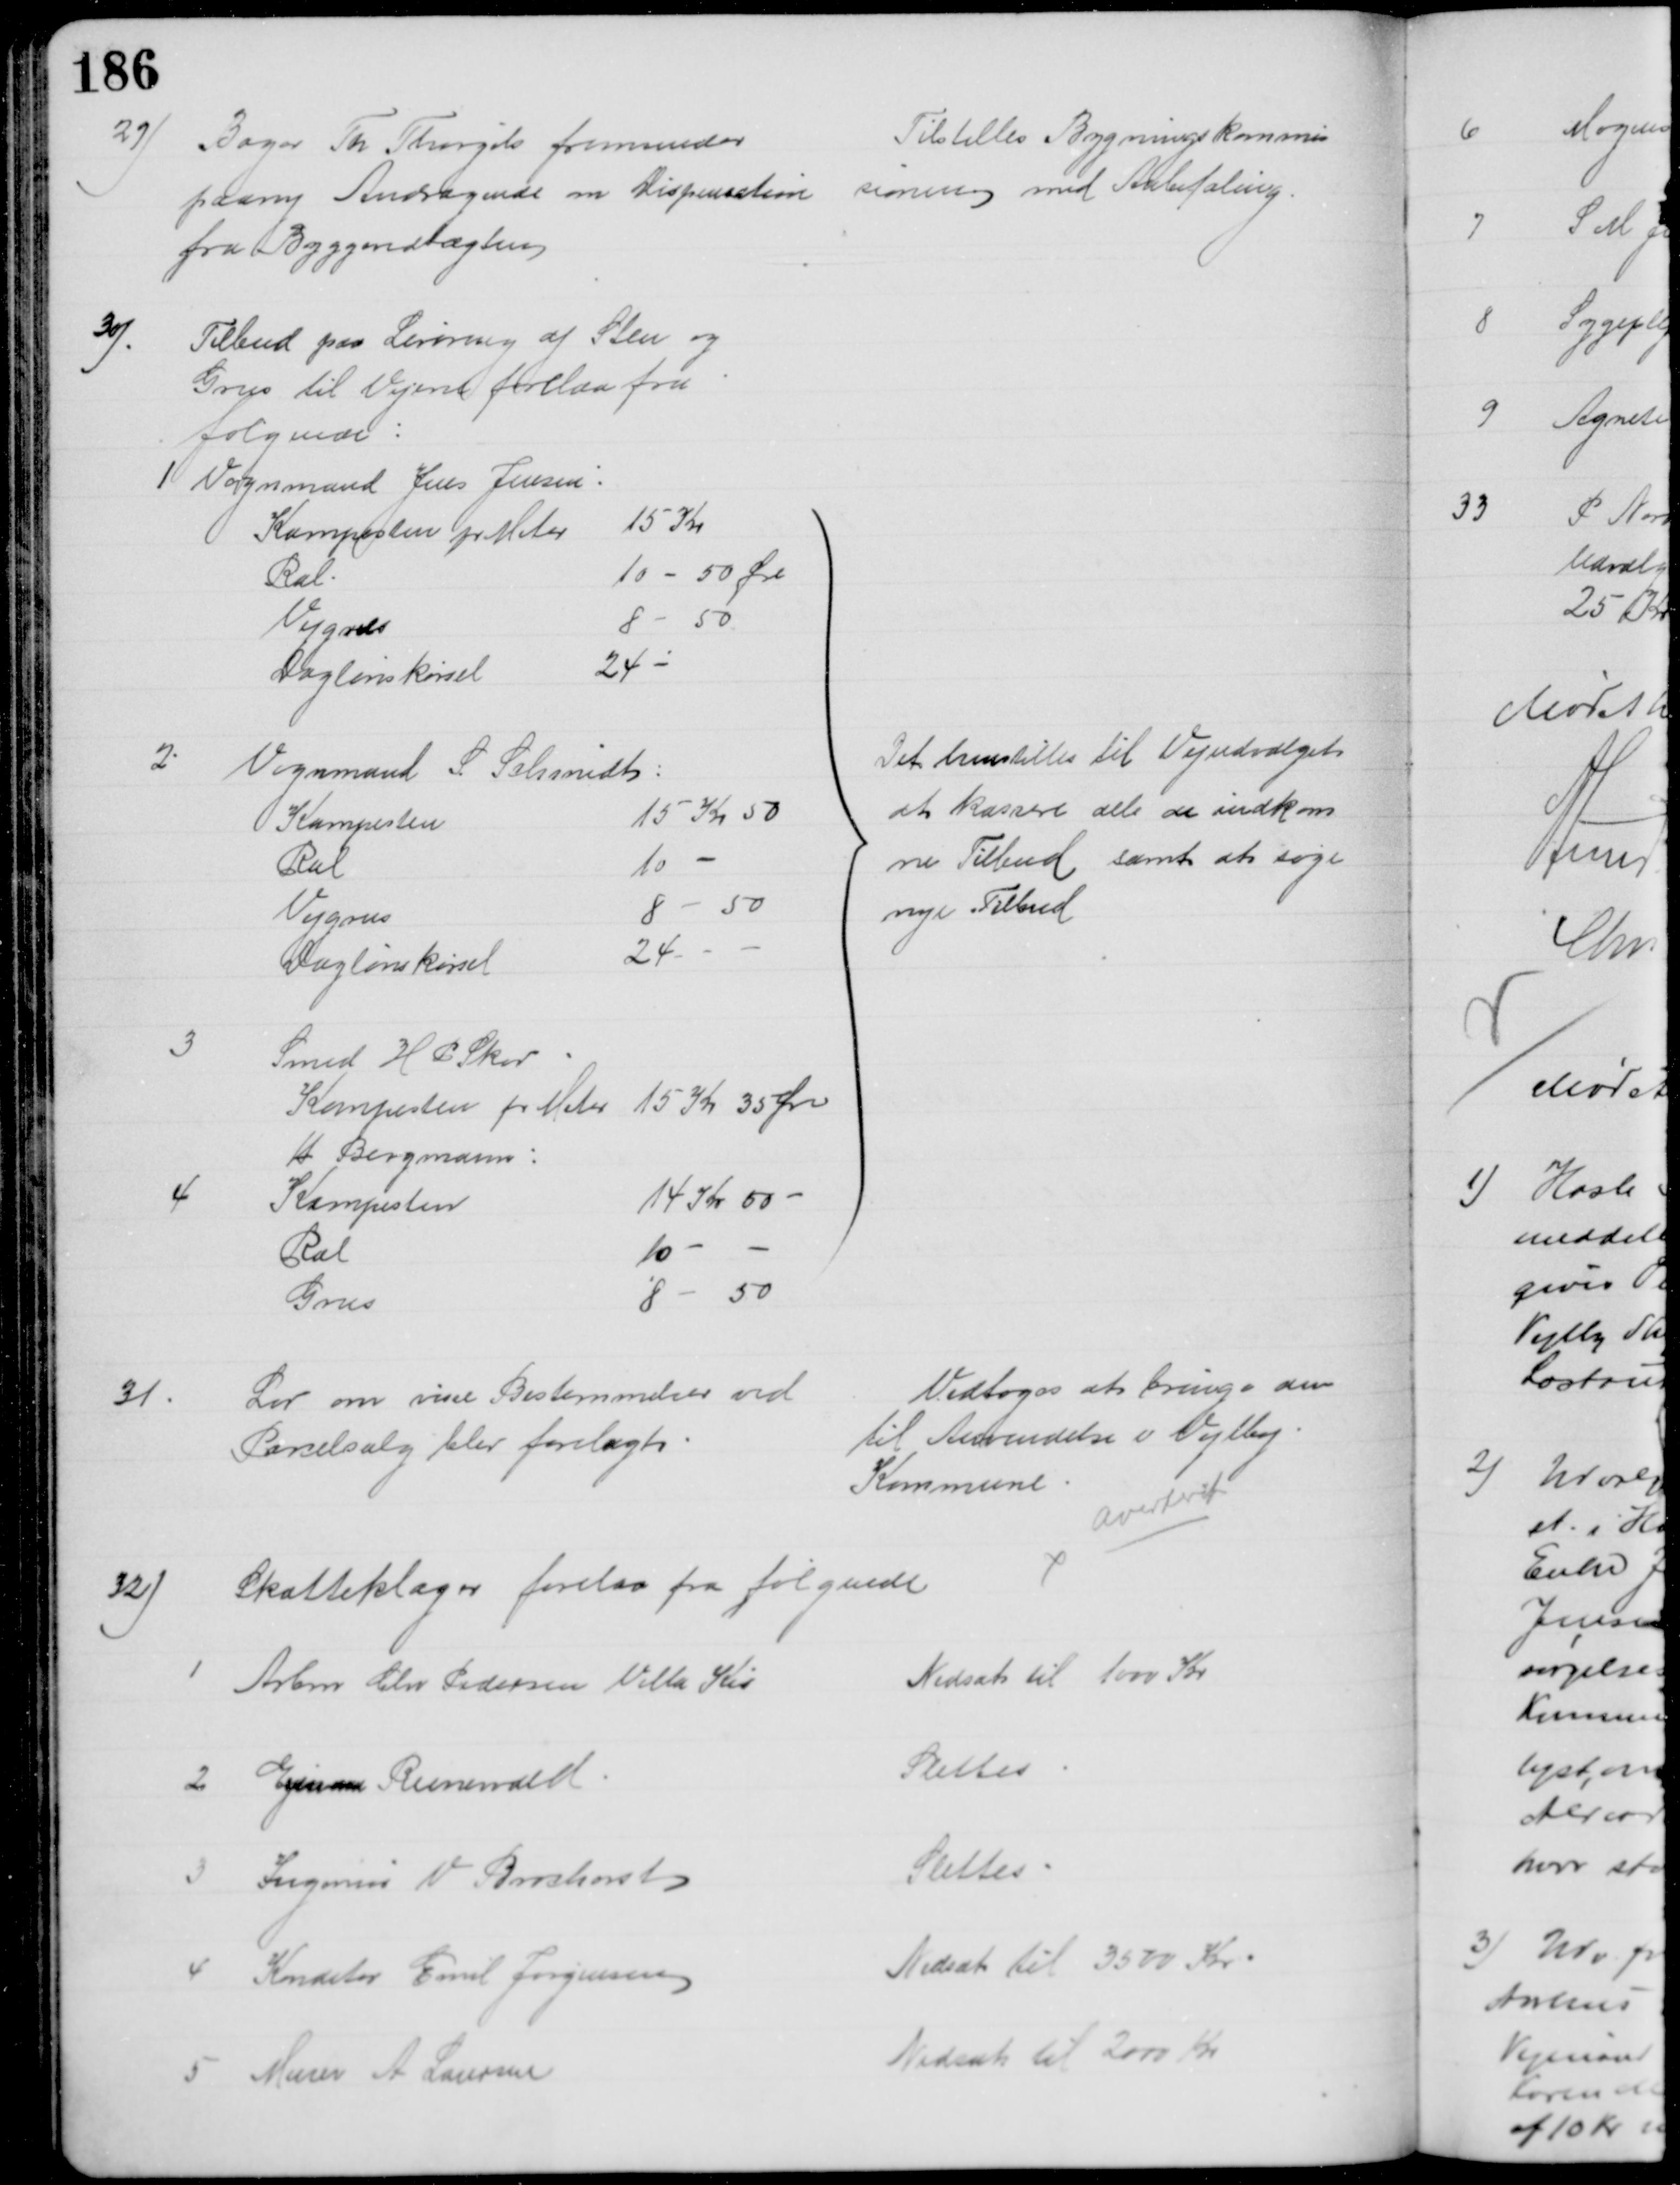
Transskription:
29)
Bager Th. Thorgils fremsender
paany Andragende om Dispensation 
fra Byggevedtægten
Tilstilles Bygningskommis
sionen med Anbefaling.
30)
Tilbud paa Levering af Sten og
Grus til Vejen forelaa fra
følgende:
1 Vognmand Jens Jensen
Kampesten pr Meter
15 Kr
Ral
10 - 50 Øre
Vejgræs
8- 50
Daglønskørsel
24 
2
Vognmand S. Schmidt:
Kampesten
15 Kr 50
Ral
10 
Vejgrus
8 - 50
Daglønskørsel
24
3
Smed H P Skov
Kampesten pr Meter 15 Kr 35 Øre
H. Bergmann:
4
Kampesten
14 Kr 50 
Ral
10 
Grus
8 - 50
Det henstilles til Vejudvalget
at kassere alle de indkom
ne Tilbud samt at søge
nye Tilbud
31.
Lov om visse Bestemmelser ved
Parcelsalg blev forelagt
Vedtoges at bringe den 
til Anvendelse i Vejlby
Kommune
averteret
32)
Skatteklager forelaa fra følgende
1
Arbm Chr Pedersen Villa Kis
Nedsat til 1000 Kr
2 
Ejnar Runewald
Slettes
3
Ingeniør V Brochorst
Slettes
4 
Konditor Emil Jørgensen
Nedsat til 3500 Kr
5 
Murer A Laursen
Nedsat til 2000 Kr